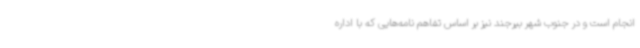
انجام است و در جنوب شهر بیرجند نیز بر اساس تفاهم نامه‌هایی که با اداره